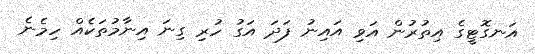
އަނގޮޓީގެ އިތުރުން އަވި އައިނު ފަދަ އަގު ހުރި ގިނަ އިނާމުތަކެއް ހިމެނެ